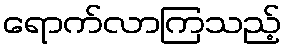
ရောက်လာကြသည့်